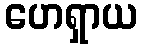
ဟေရှာယ